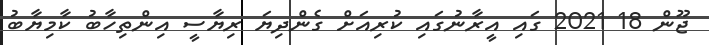
ޖޫން 18 2021 ގައި އީރާނުގައި ކުރިއަށް ގެންދިޔަ ރިޔާސީ އިންތިހާބު ކާމިޔާބު